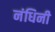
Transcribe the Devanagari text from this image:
नंधिनी